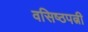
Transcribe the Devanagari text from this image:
वसिष्ठपत्नी